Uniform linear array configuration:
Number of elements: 48
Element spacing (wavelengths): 1
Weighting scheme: blackman
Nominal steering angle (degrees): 30
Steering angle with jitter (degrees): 29.996
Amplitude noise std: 0.05
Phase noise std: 0.05

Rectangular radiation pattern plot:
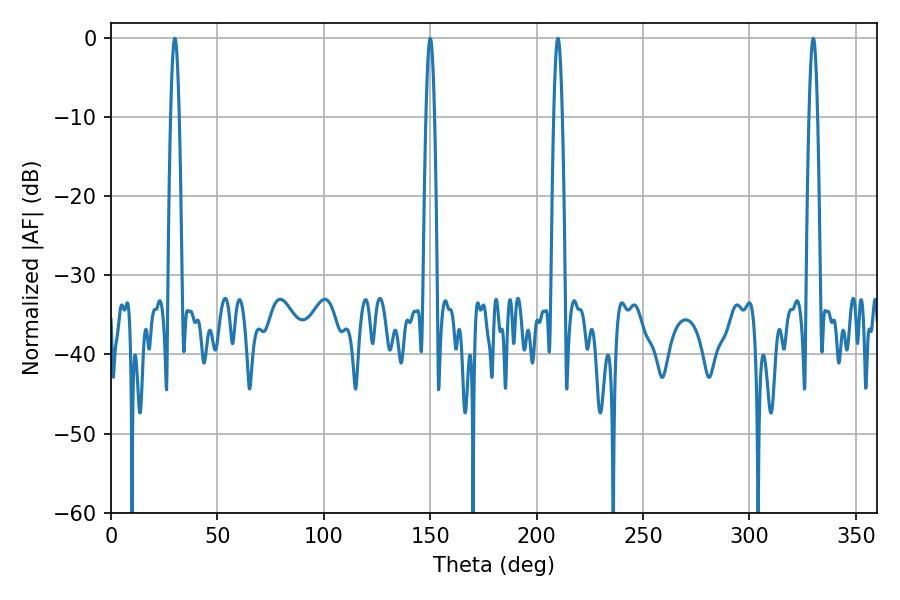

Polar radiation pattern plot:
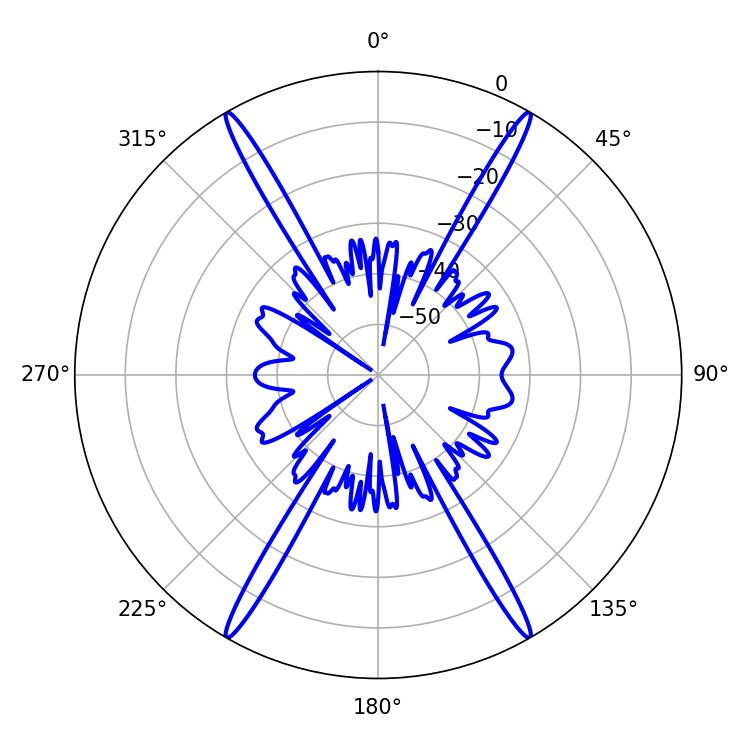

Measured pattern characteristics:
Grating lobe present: TRUE
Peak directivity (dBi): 42.283
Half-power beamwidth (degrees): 2.16
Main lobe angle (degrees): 329.94